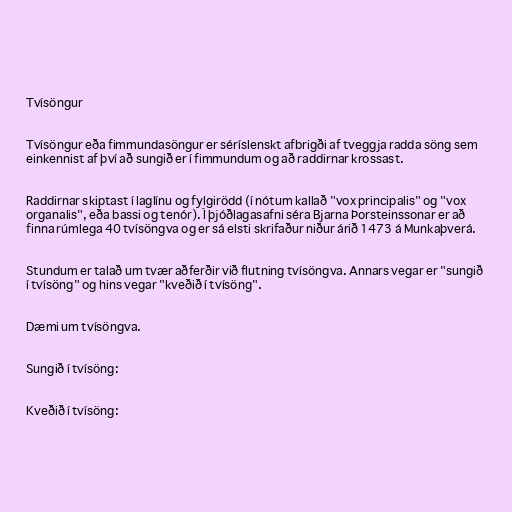
Tvísöngur

Tvísöngur eða fimmundasöngur er séríslenskt afbrigði af tveggja radda söng sem
einkennist af því að sungið er í fimmundum og að raddirnar krossast.

Raddirnar skiptast í laglínu og fylgirödd (í nótum kallað "vox principalis" og "vox
organalis", eða bassi og tenór). Í þjóðlagasafni séra Bjarna Þorsteinssonar er að
finna rúmlega 40 tvísöngva og er sá elsti skrifaður niður árið 1473 á Munkaþverá.

Stundum er talað um tvær aðferðir við flutning tvísöngva. Annars vegar er "sungið
í tvísöng" og hins vegar "kveðið í tvísöng".

Dæmi um tvísöngva.

Sungið í tvísöng:

Kveðið í tvísöng: